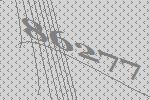
86277